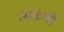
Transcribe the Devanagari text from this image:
आकर्षी